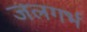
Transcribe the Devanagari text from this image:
जलगर्भ